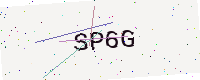
Text: SP6G